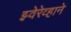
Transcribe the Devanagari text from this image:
झ्वेरेव्हाने